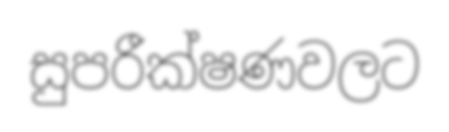
සුපරීක්ෂණවලට